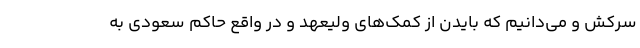
سرکش و می‌دانیم که بایدن از کمک‌های ولیعهد و در واقع حاکم سعودی به